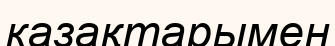
казақтарымен